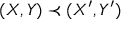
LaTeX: ( X , Y ) \prec ( X ^ { \prime } , Y ^ { \prime } )